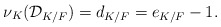
\begin{align*} \nu_K(\mathcal{D}_{K/F})=d_{K/F}=e_{K/F} - 1.\end{align*}